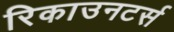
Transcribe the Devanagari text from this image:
रिकाउनटर्स